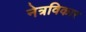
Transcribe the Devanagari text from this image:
नेत्रविकार